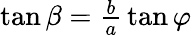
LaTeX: \textstyle{\tan\beta={\frac{b}{a}}\tan\varphi}\,